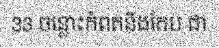
33 ចន្លោះកំពតនិងកែប ជា